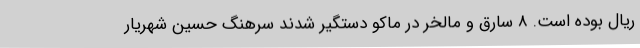
ریال بوده است. 8 سارق و مالخر در ماکو دستگیر شدند سرهنگ حسین شهریار